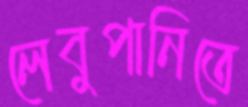
লেবুপানিতে